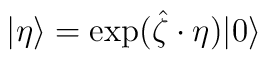
|\eta\rangle=\exp(\hat{\zeta}\cdot\eta)|0\rangle